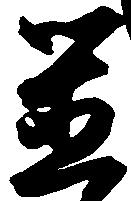
置